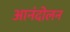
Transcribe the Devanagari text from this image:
आनंदोलन